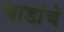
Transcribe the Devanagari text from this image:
वाडांचे